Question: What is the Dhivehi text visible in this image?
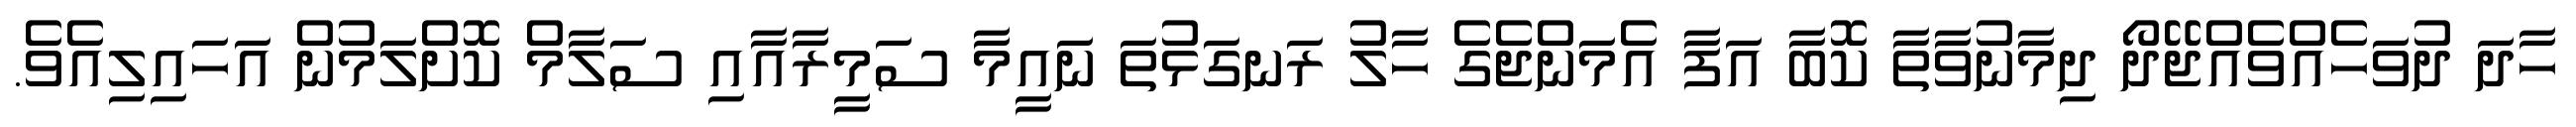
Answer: ހާދަ ދުވަހެއްވެއްޖޭދޯ ދިމާނުވާތާ ކޮބާ އަފާ އެމަންޖެގެ ހާލު ރަނގަޅުތަ ނައީމާ ސަމީރާއާއި ސަލާމް ކޮށްލަމުން އަހައިލިއެވެ.